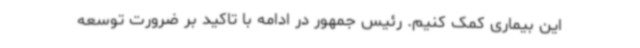
این بیماری کمک کنیم. رئیس جمهور در ادامه با تاکید بر ضرورت توسعه